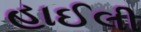
હાઈલી